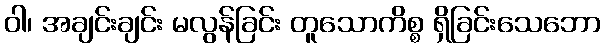
ဝါ၊ အချင်းချင်း မလွန်ခြင်း တူသောကိစ္စ ရှိခြင်းသေဘော